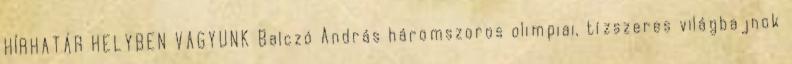
HÍRHATÁR HELYBEN VAGYUNK Balczó András háromszoros olimpiai, tízszeres világbajnok